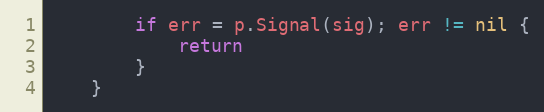
Language: Go
		if err = p.Signal(sig); err != nil {
			return
		}
	}